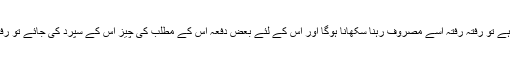
اس لئے اگر فارغ وقت آدمی کو پکڑنا ہے تو رفتہ رفتہ اسے مصروف رہنا سکھانا ہوگا اور اس کے لئے بعض دفعہ اس کے مطلب کی چیز اس کے سپرد کی جائے تو رفتہ رفتہ اس کام کی عادت پڑجاتی ہے۔